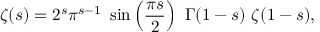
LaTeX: \zeta ( s ) = 2 ^ { s } \pi ^ { s - 1 } \ \sin \left( { \frac { \pi s } { 2 } } \right) \ \Gamma ( 1 - s ) \ \zeta ( 1 - s ) ,